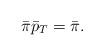
LaTeX: \begin{align*}\bar\pi\bar p_T = \bar \pi.\end{align*}